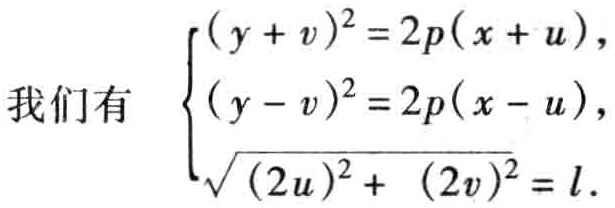
\[
\text{我们有 }\begin{cases}
(y + v)^2 = 2p(x + u),\\
(y - v)^2 = 2p(x - u),\\
\sqrt{(2u)^2 + (2v)^2} = l.
\end{cases}
\]